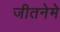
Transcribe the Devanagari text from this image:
जीतनेमे